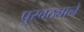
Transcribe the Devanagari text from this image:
पुरवठ्याने